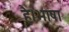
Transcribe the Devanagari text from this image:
है।भाषा